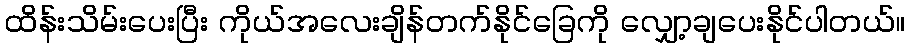
ထိန်းသိမ်းပေးပြီး ကိုယ်အလေးချိန်တက်နိုင်ခြေကို လျှော့ချပေးနိုင်ပါတယ်။